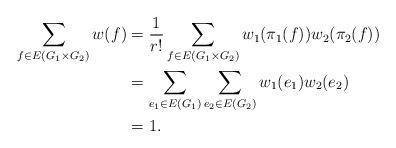
LaTeX: \begin{align*}\sum_{f\in E(G_1\times G_2)}w(f) & =\frac{1}{r!}\sum_{f\in E(G_1\times G_2)}w_1(\pi_1(f))w_2(\pi_2(f))\\& =\sum_{e_1\in E(G_1)}\sum_{e_2\in E(G_2)}w_1(e_1)w_2(e_2)\\& =1. \end{align*}